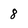
Character: 8